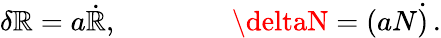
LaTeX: \delta\mathbb{R}=a\dot{{\mathbb{R}}},\qquad\qquad\deltaN=(aN\dot{{)}}\, .